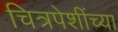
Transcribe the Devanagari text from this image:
चित्रपेशींच्या